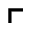
\ulcorner